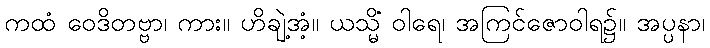
ကထံ ဝေဒိတဗ္ဗာ၊ ကား။ ဟိချဲ့အံ့။ ယသ္မိံ ဝါရေ၊ အကြင်ဇောဝါရ၌။ အပ္ပနာ၊